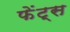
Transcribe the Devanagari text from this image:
फेंट्स